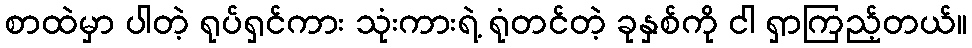
စာထဲမှာ ပါတဲ့ ရုပ်ရှင်ကား သုံးကားရဲ့ ရုံတင်တဲ့ ခုနှစ်ကို ငါ ရှာကြည့်တယ်။